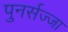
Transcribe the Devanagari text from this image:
पुनर्सज्जा